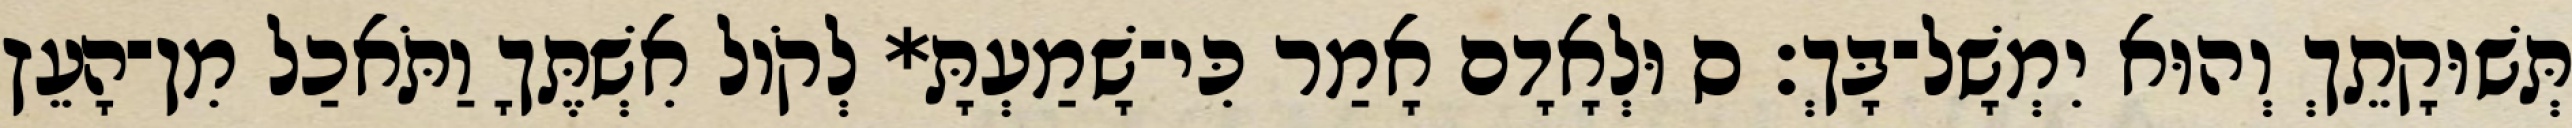
תְּשׁוּקָתֵךְ וְהוּא יִמְשָׁל־בָּךְ׃ ס וּלְאָדָם אָמַר כִּי־שָׁמַעְתָּ* לְקֹול אִשְׁתֶּךָ וַתֹּאכַל מִן־הָעֵץ